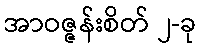
အာဝဇ္ဇန်းစိတ် ၂-ခု